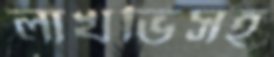
লাখভিসহ